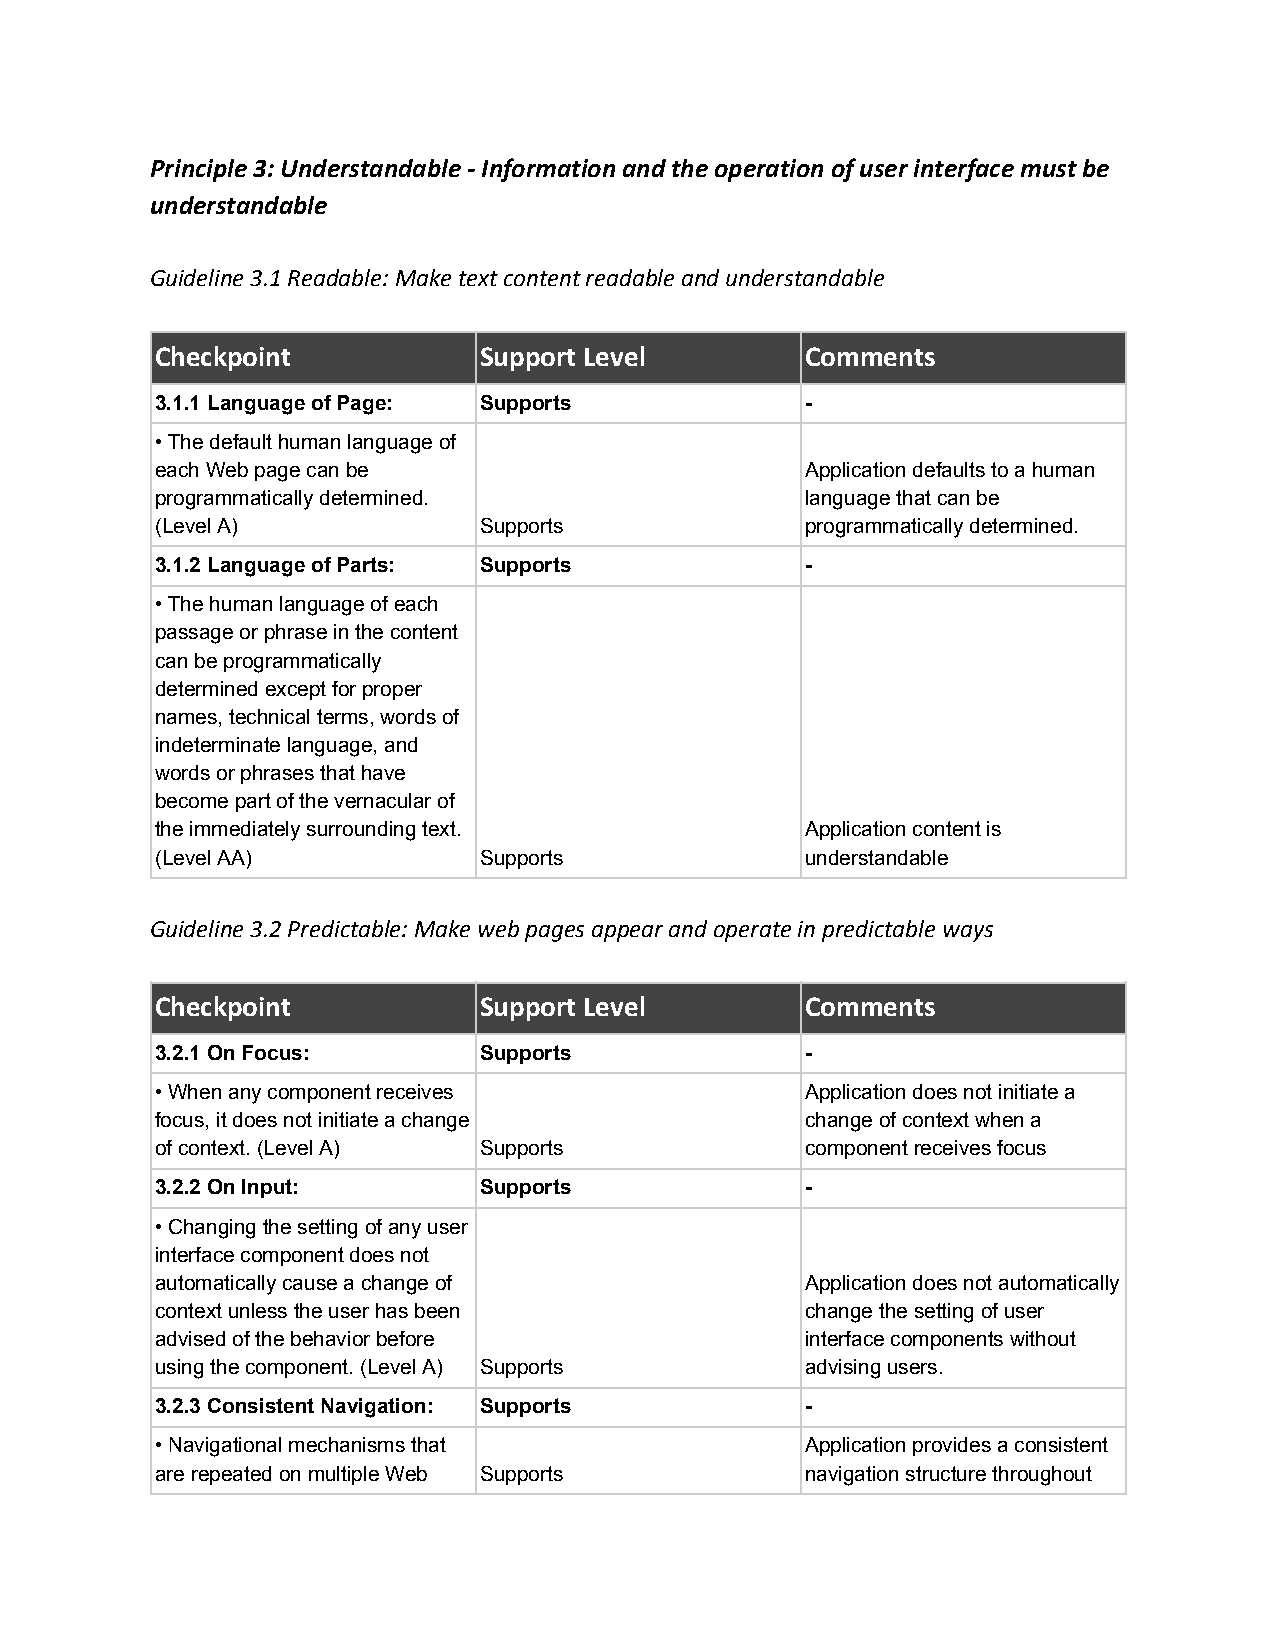
Principle 3: Understandable - Information and the operation of user interface must be
 understandable
 Guideline 3.1 Readable: Make text content readable and understandable
 Checkpoint            Support Level        Comments
 3.1.1 Language of Page: Supports           -
 • The default human language of
 each Web page can be                       Application defaults to a human
 programmatically determined.               language that can be
 (Level A)             Supports             programmatically determined.
 3.1.2 Language of Parts: Supports          -
 • The human language of each
 passage or phrase in the content
 can be programmatically
 determined except for proper
 names, technical terms, words of
 indeterminate language, and
 words or phrases that have
 become part of the vernacular of
 the immediately surrounding text.          Application content is
 (Level AA)            Supports             understandable
 Guideline 3.2 Predictable: Make web pages appear and operate in predictable ways
 Checkpoint            Support Level        Comments
 3.2.1 On Focus:       Supports             -
 • When any component receives              Application does not initiate a
 focus, it does not initiate a change       change of context when a
 of context. (Level A) Supports             component receives focus
 3.2.2 On Input:       Supports             -
 • Changing the setting of any user
 interface component does not
 automatically cause a change of            Application does not automatically
 context unless the user has been           change the setting of user
 advised of the behavior before             interface components without
 using the component. (Level A) Supports    advising users.
 3.2.3 Consistent Navigation: Supports      -
 • Navigational mechanisms that             Application provides a consistent
 are repeated on multiple Web Supports      navigation structure throughout